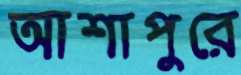
আশাপুরে